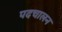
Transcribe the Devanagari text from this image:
पदचालन